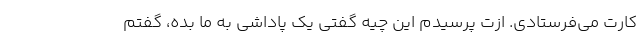
کارت می‌فرستادی. ازت پرسیدم این چیه گفتی یک پاداشی به ما بده، گفتم